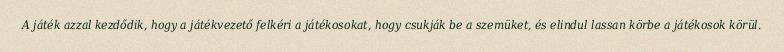
A játék azzal kezdődik, hogy a játékvezető felkéri a játékosokat, hogy csukják be a szemüket, és elindul lassan körbe a játékosok körül.